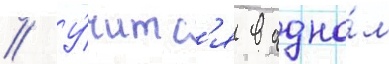
// У́читс'я в одно́м